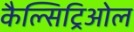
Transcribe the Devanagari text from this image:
कैल्सिट्रिओल